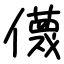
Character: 㒝